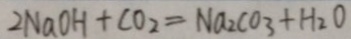
2 N a O H + C O _ { 2 } = N a _ { 2 } C O _ { 3 } + H _ { 2 } O